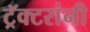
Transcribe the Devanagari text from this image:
ट्रॅक्टरांनी